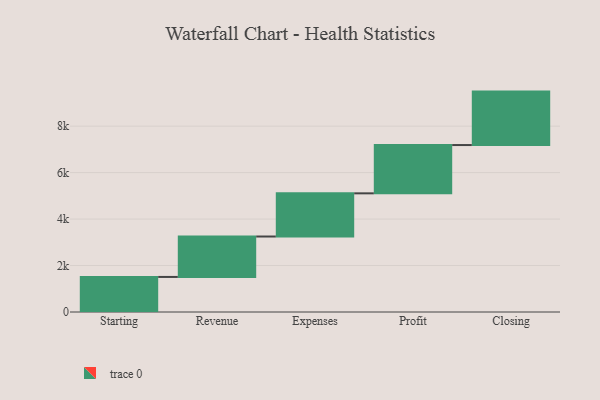
{"axis": {"x": "Step", "y": "Value"}, "legend": [""], "data": [{"x": "Starting", "y": 1509.0, "type": ""}, {"x": "Revenue", "y": 1740.0, "type": ""}, {"x": "Expenses", "y": 1858.0, "type": ""}, {"x": "Profit", "y": 2079.0, "type": ""}, {"x": "Closing", "y": 2300.0, "type": ""}]}